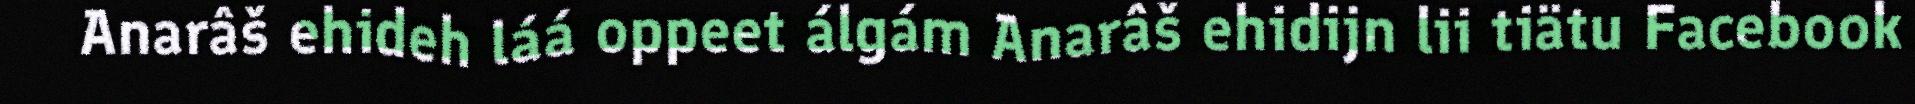
Anarâš ehideh láá oppeet álgám Anarâš ehidijn lii tiätu Facebook